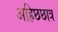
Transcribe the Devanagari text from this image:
अहिछछात्र